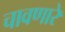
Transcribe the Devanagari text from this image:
चावणारे